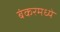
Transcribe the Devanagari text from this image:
बंकरमध्ये